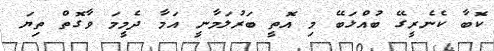
ކޮބާ ކެނެރީގޭ ބުއްޅަބޭ މި އޮތީ ބަރުލަމާނީ އަމާ ދެމީމަ ވާގޮތް ތިޔަ